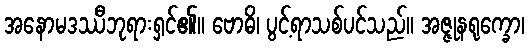
အနောမဒဿီဘုရားရှင်၏။ ဗောဓိ၊ ပွင့်ရာသစ်ပင်သည်။ အဇ္ဇုနရုက္ခော၊